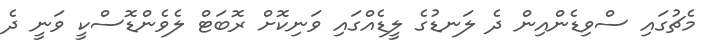
މެޗުގައި ސްވިޑެންއިން ދެ ލަނޑުގެ ލީޑެއްގައި ވަނިކޮށް ރޮބަޓް ލެވެންޑޮސްކީ ވަނީ ދެ